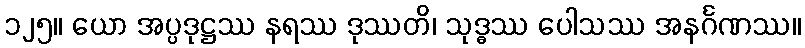
၁၂၅။ ယော အပ္ပဒုဋ္ဌဿ နရဿ ဒုဿတိ၊ သုဒ္ဓဿ ပေါသဿ အနင်္ဂဏဿ။